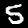
Label: 5